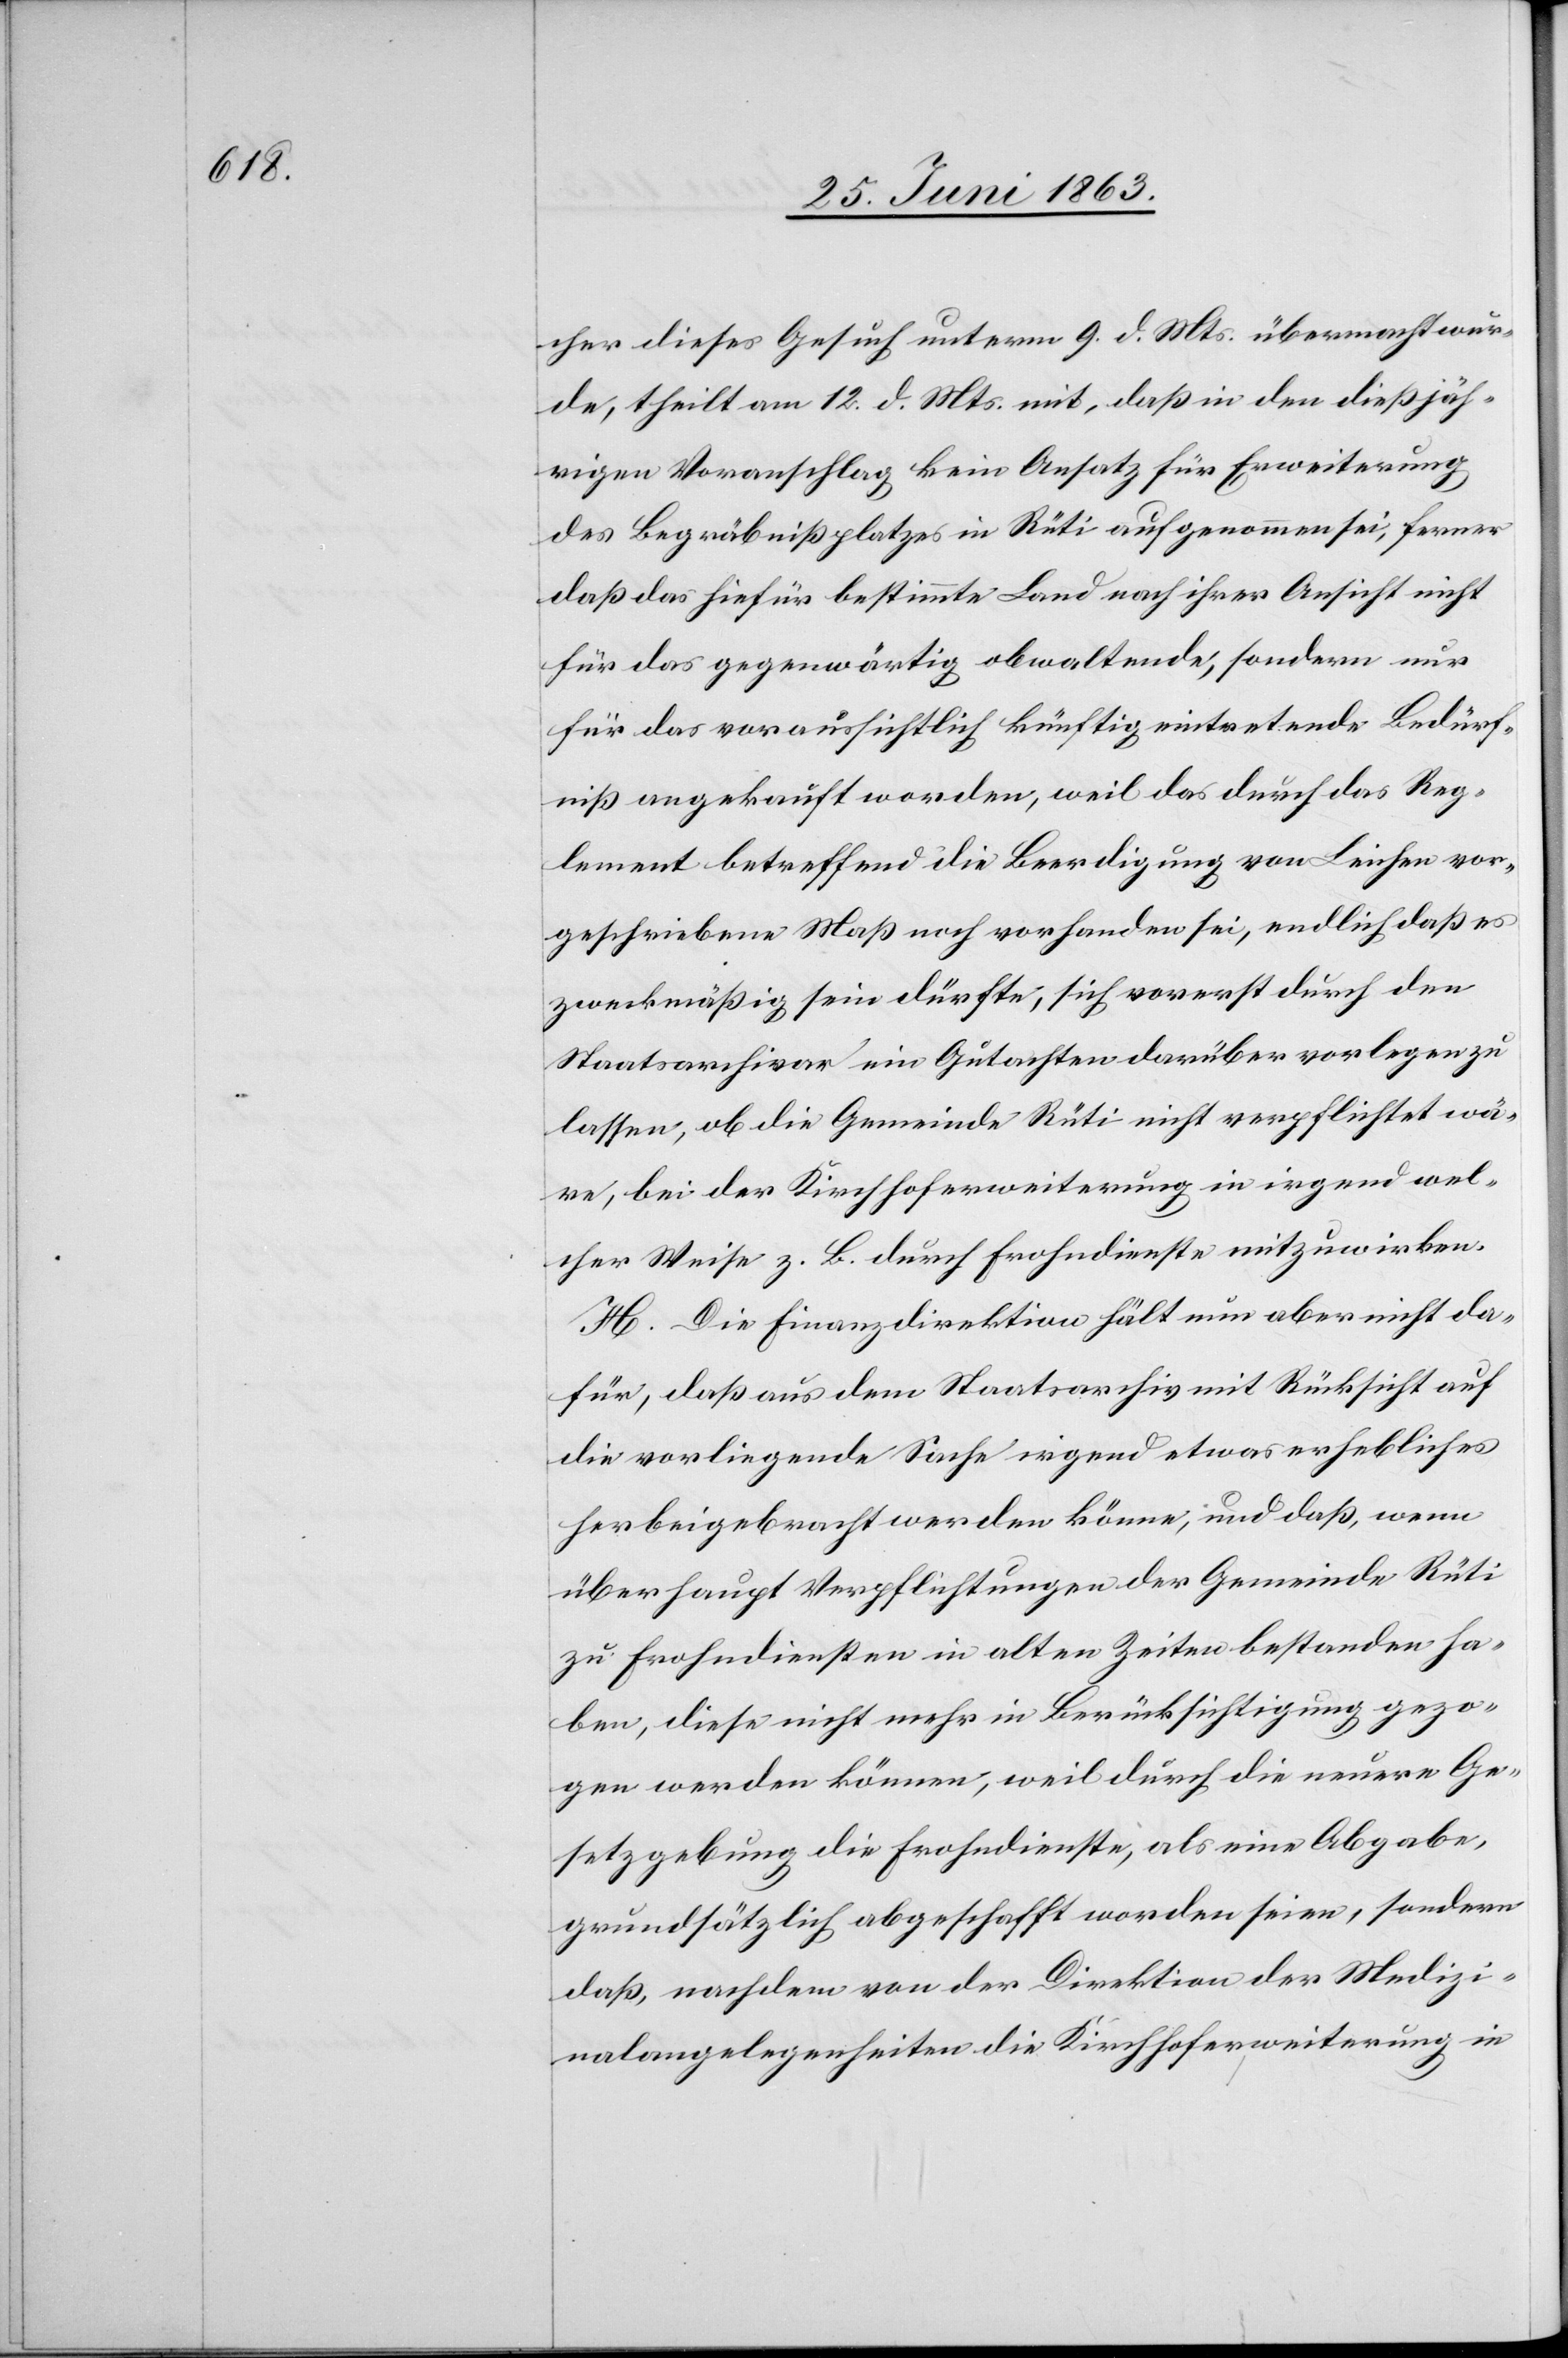
cher dieses Gesuch unterm 9. d. Mts. übermacht wur¬
de, theilt am 12. d. Mts. mit, daß in den dießjäh¬
rigen Voranschlag kein Ansatz für Erweiterung
des Begräbnißplatzes in Rüti aufgenommen sei, ferner
daß das hiefür bestimmte Land nach ihrer Ansicht nicht
für das gegenwärtig obwaltende, sondern nur
für das voraussichtlich künftig eintretende Bedürf¬
niß angekauft worden, weil das durch das Reg¬
lement betreffend die Beerdigung von Leichen vor¬
geschriebene Maß noch vorhanden sei, endlich daß es
zweckmäßig sein dürfte, sich vorerst durch den
Staatsarchivar ein Gutachten darüber vorlegen zu
lassen, ob die Gemeinde Rüti nicht verpflichtet wä¬
re, bei der Kirchhoferweiterung in irgend wel¬
cher Weise z. B. durch Frohndienste mitzuwirken.
H. Die Finanzdirektion hält nun aber nicht da¬
für, daß aus dem Staatsarchiv mit Rücksicht auf
die vorliegende Sache irgend etwas erhebliches
herbeigebracht werden könne, und daß, wenn
überhaupt Verpflichtungen der Gemeinde Rüti
zu Frohndiensten in alten Zeiten bestanden ha¬
ben, diese nicht mehr in Berücksichtigung gezo¬
gen werden können, weil durch die neuere Ge¬
setzgebung die Frohndienste, als eine Abgabe,
grundsätzlich abgeschafft worden seien, sondern
daß, nachdem von der Direktion der Medizi¬
nalangelegenheiten die Kirchhoferweiterung in